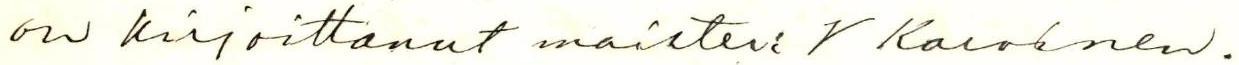
on kirjoittanut maisteri V Karvinen.